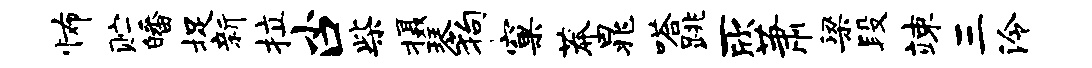
怖贮皤捉新拉小口柴摄琴狗窠莽晁嗒跳一欣萧梁段竦三泠